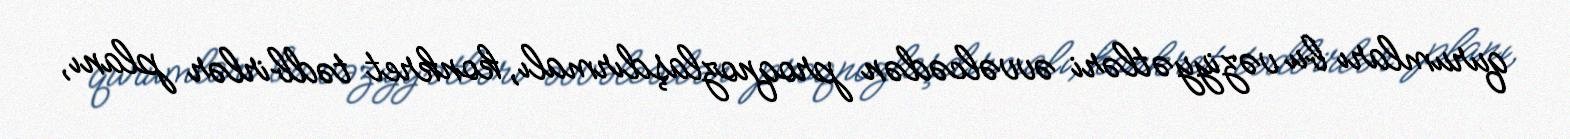
qurumları bu vəziyyətləri əvvəlcədən proqnozlaşdırmalı, konkret tədbirlər planı,